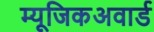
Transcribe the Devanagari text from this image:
म्यूजिकअवार्ड